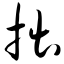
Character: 拙